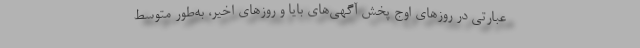
عبارتی در روزهای اوج پخش آگهی‌های بایا و روزهای اخیر، به‌طور متوسط